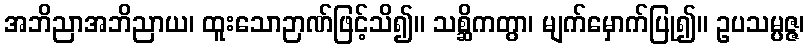
အဘိညာအဘိညာယ၊ ထူးသောဉာဏ်ဖြင့်သိ၍။ သစ္ဆိကတွာ၊ မျက်မှောက်ပြု၍။ ဥပသမ္ပဇ္ဇ၊